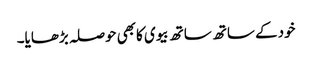
خودکے ساتھ ساتھ بیوی کابھی حوصلہ بڑھایا۔